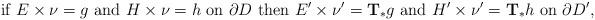
LaTeX: \begin{align*}\mbox{if } E \times \nu = g \mbox{ and } H \times \nu = h \mbox{ on } \partial D \mbox{ then } E' \times \nu' = {\bf T}_*g \mbox{ and } H' \times \nu' = {\bf T}_* h \mbox{ on } \partial D', \end{align*}